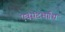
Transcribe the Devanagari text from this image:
एवंसंदभर्ग्रंथ